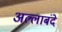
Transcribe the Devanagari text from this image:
अल्लाबंदे